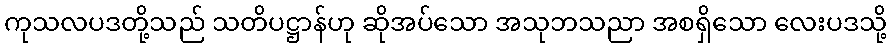
ကုသလပဒတို့သည် သတိပဋ္ဌာန်ဟု ဆိုအပ်သော အသုဘသညာ အစရှိသော လေးပဒသို့